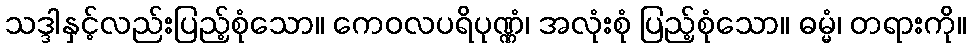
သဒ္ဒါနှင့်လည်းပြည့်စုံသော။ ကေဝလပရိပုဏ္ဏံ၊ အလုံးစုံ ပြည့်စုံသော။ ဓမ္မံ၊ တရားကို။